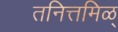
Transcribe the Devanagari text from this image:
तनित्तमिळ्